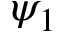
\psi _ { 1 }